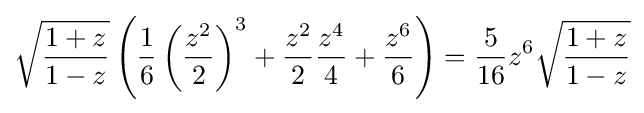
{\sqrt {\frac {1+z}{1-z}}}\left({\frac {1}{6}}\left({\frac {z^{2}}{2}}\right)^{3}+{\frac {z^{2}}{2}}{\frac {z^{4}}{4}}+{\frac {z^{6}}{6}}\right)={\frac {5}{16}}z^{6}{\sqrt {\frac {1+z}{1-z}}}